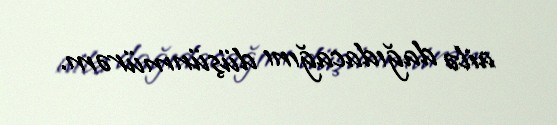
ailə dağıdacağını düşünmürəm.